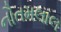
નૌતમલાલ